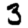
Digit: 3